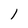
Character: 1